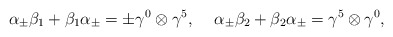
\begin{align*}{\alpha}_{\pm} {\beta}_1 + {\beta}_1 {\alpha}_{\pm}= \pm {\gamma}^0 \otimes {\gamma}^5,\hspace{5 mm}{\alpha}_{\pm} {\beta}_2 + {\beta}_2 {\alpha}_{\pm}= {\gamma}^5 \otimes {\gamma}^0,\end{align*}